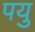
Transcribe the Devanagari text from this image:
पयु